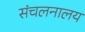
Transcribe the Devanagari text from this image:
संचलनालय